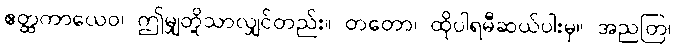
ဧတ္ထကာယေဝ၊ ဤမျှတို့သာလျှင်တည်း။ တတော၊ ထိုပါရမီဆယ်ပါးမှ။ အညတြ၊